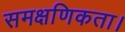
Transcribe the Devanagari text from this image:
समक्षणिकता।